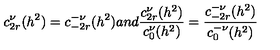
c _ { 2 r } ^ { \nu } ( h ^ { 2 } ) = c _ { - 2 r } ^ { - \nu } ( h ^ { 2 } ) a n d \frac { c _ { 2 r } ^ { \nu } ( h ^ { 2 } ) } { c _ { 0 } ^ { \nu } ( h ^ { 2 } ) } = \frac { c _ { - 2 r } ^ { - \nu } ( h ^ { 2 } ) } { c _ { 0 } ^ { - \nu } ( h ^ { 2 } ) }